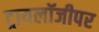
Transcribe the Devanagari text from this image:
ट्रायलॉजीपर